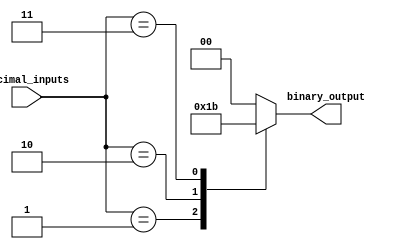
module priority_encoder(
  input [3:0] decimal_inputs,
  output reg [1:0] binary_output
);

always @(*) begin
  case(decimal_inputs)
    0: binary_output = 2'b00;
    1: binary_output = 2'b01;
    2: binary_output = 2'b10;
    3: binary_output = 2'b11;
    default: binary_output = 2'b00; // Default is to ignore other input signals
  endcase
end

endmodule